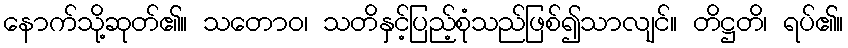
နောက်သို့ဆုတ်၏။ သတောဝ၊ သတိနှင့်ပြည့်စုံသည်ဖြစ်၍သာလျင်။ တိဋ္ဌတိ၊ ရပ်၏။